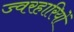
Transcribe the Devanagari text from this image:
ज्वरहारियों